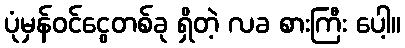
ပုံမှန်ဝင်ငွေတစ်ခု ရှိတဲ့ လခ စားကြီး ပေါ့။